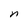
Character: n